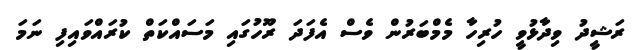
ރަޝީދު ވިދާޅުވީ ހުރިހާ މެމްބަރުން ވެސް އެފަދަ ރޫހުގައި މަސައްކަތް ކުރައްވައިފި ނަމަ